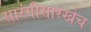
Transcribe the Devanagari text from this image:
सारंगीसारखेच